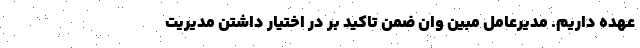
عهده داریم. مدیرعامل مبین وان ضمن تاکید بر در اختیار داشتن مدیریت